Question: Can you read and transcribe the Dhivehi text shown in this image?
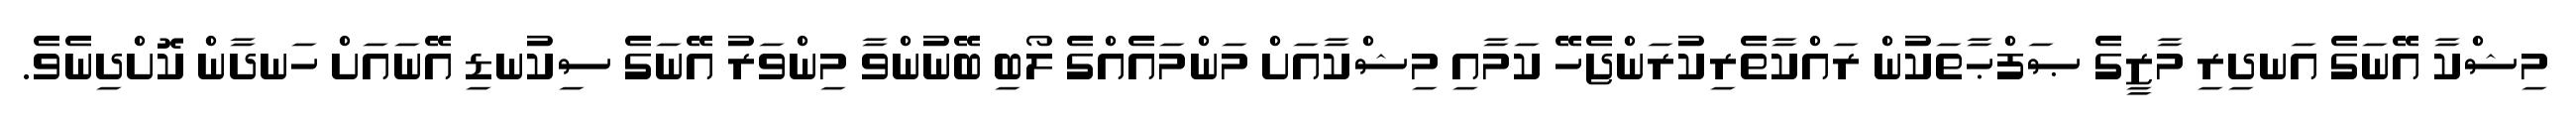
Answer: މިޝްކާ އޭނަގެ އަނދިރި މާޒީގެ ޞަފްޙާތަކުން ރައްކާތެރިކުރަންޖެހޭ ކަމާއި މިޝްކާއަށް މަންމައެއްގެ ލޯބި ބޭނުންވާ މިންވަރު އޭނަގެ ސިކުނޑި އޭނައަށް ހަނދާން ކޮށްދިނެވެ.